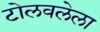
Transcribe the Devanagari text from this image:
टोलवलेला